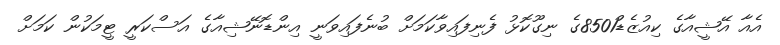
އެއާ އޭޝީއާގެ ކިއުޒެޑް8501ގެ ނިގޫކޮޅު ފެނިފައިވާކަމަށް ބުނެފައިވަނީ އިންޑޮނޭޝިއާގެ އަސްކަރީ ޓީމަކުން ކަމަށް